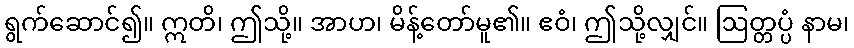
ရွက်ဆောင်၍။ ဣတိ၊ ဤသို့။ အာဟ၊ မိန့်တော်မူ၏။ ဧဝံ၊ ဤသို့လျှင်။ ဩတ္တပ္ပံ နာမ၊